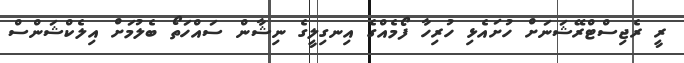
ރީ ރެޖިސްޓްރޭޝަނަށް ހުށައެޅި ހުރިހާ ފޯމެއްގެ އިނގިލީގެ ނިޝާން ސައްހަތޯ ބެލުމަށް އިލެކްޝަންސް